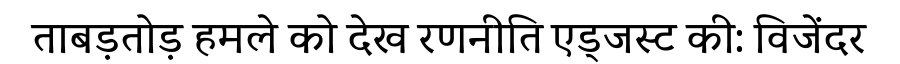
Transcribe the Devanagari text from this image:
ताबड़तोड़ हमले को देख रणनीति एड्जस्ट की: विजेंदर